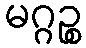
မဂ္ဂဉ္စ